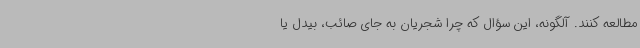
مطالعه کنند. آلگونه، این سؤال که چرا شجریان به جای صائب، بیدل یا